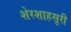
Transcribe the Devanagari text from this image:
शेरशाहसूरी